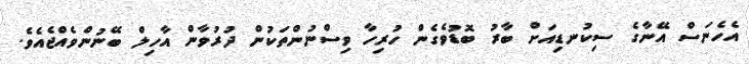
އެހެނަސް އޭނާގެ ސިކުނޑިއަށް ބާރު ބޮޑުވެގެން ހުރިހާ ވިސްނުންތަކުން ދުރުވާން އާހިލް ބޭނުންވެއްޖެއެވެ.